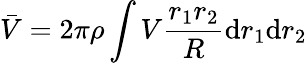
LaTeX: \bar{V}=2\pi\rho\int V\frac{r_{1}r_{2}}{R}\mathrm{d}r_{1}\mathrm{d}r_{2}